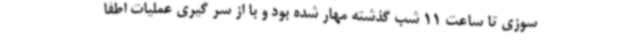
سوزی تا ساعت 11 شب گذشته مهار شده بود و با از سر گیری عملیات اطفا